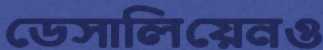
ডেসালিয়েনও